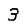
Digit: 3